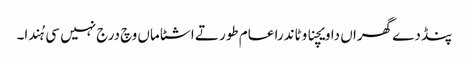
پنڈ دے گھراں دا ویچنا وٹاندرا عام طور تے اشٹاماں وچ درج نہیں سی ہُندا۔